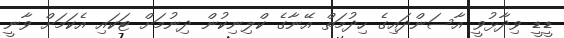
ޑީޑީ ވިދާޅުވީ އާސަންދައިގެ ހިދުމަތް އޭނާގެ ކްލިނިކުން ދިނުމަށް ޓަކައި އެކަމަށް ވާނީ